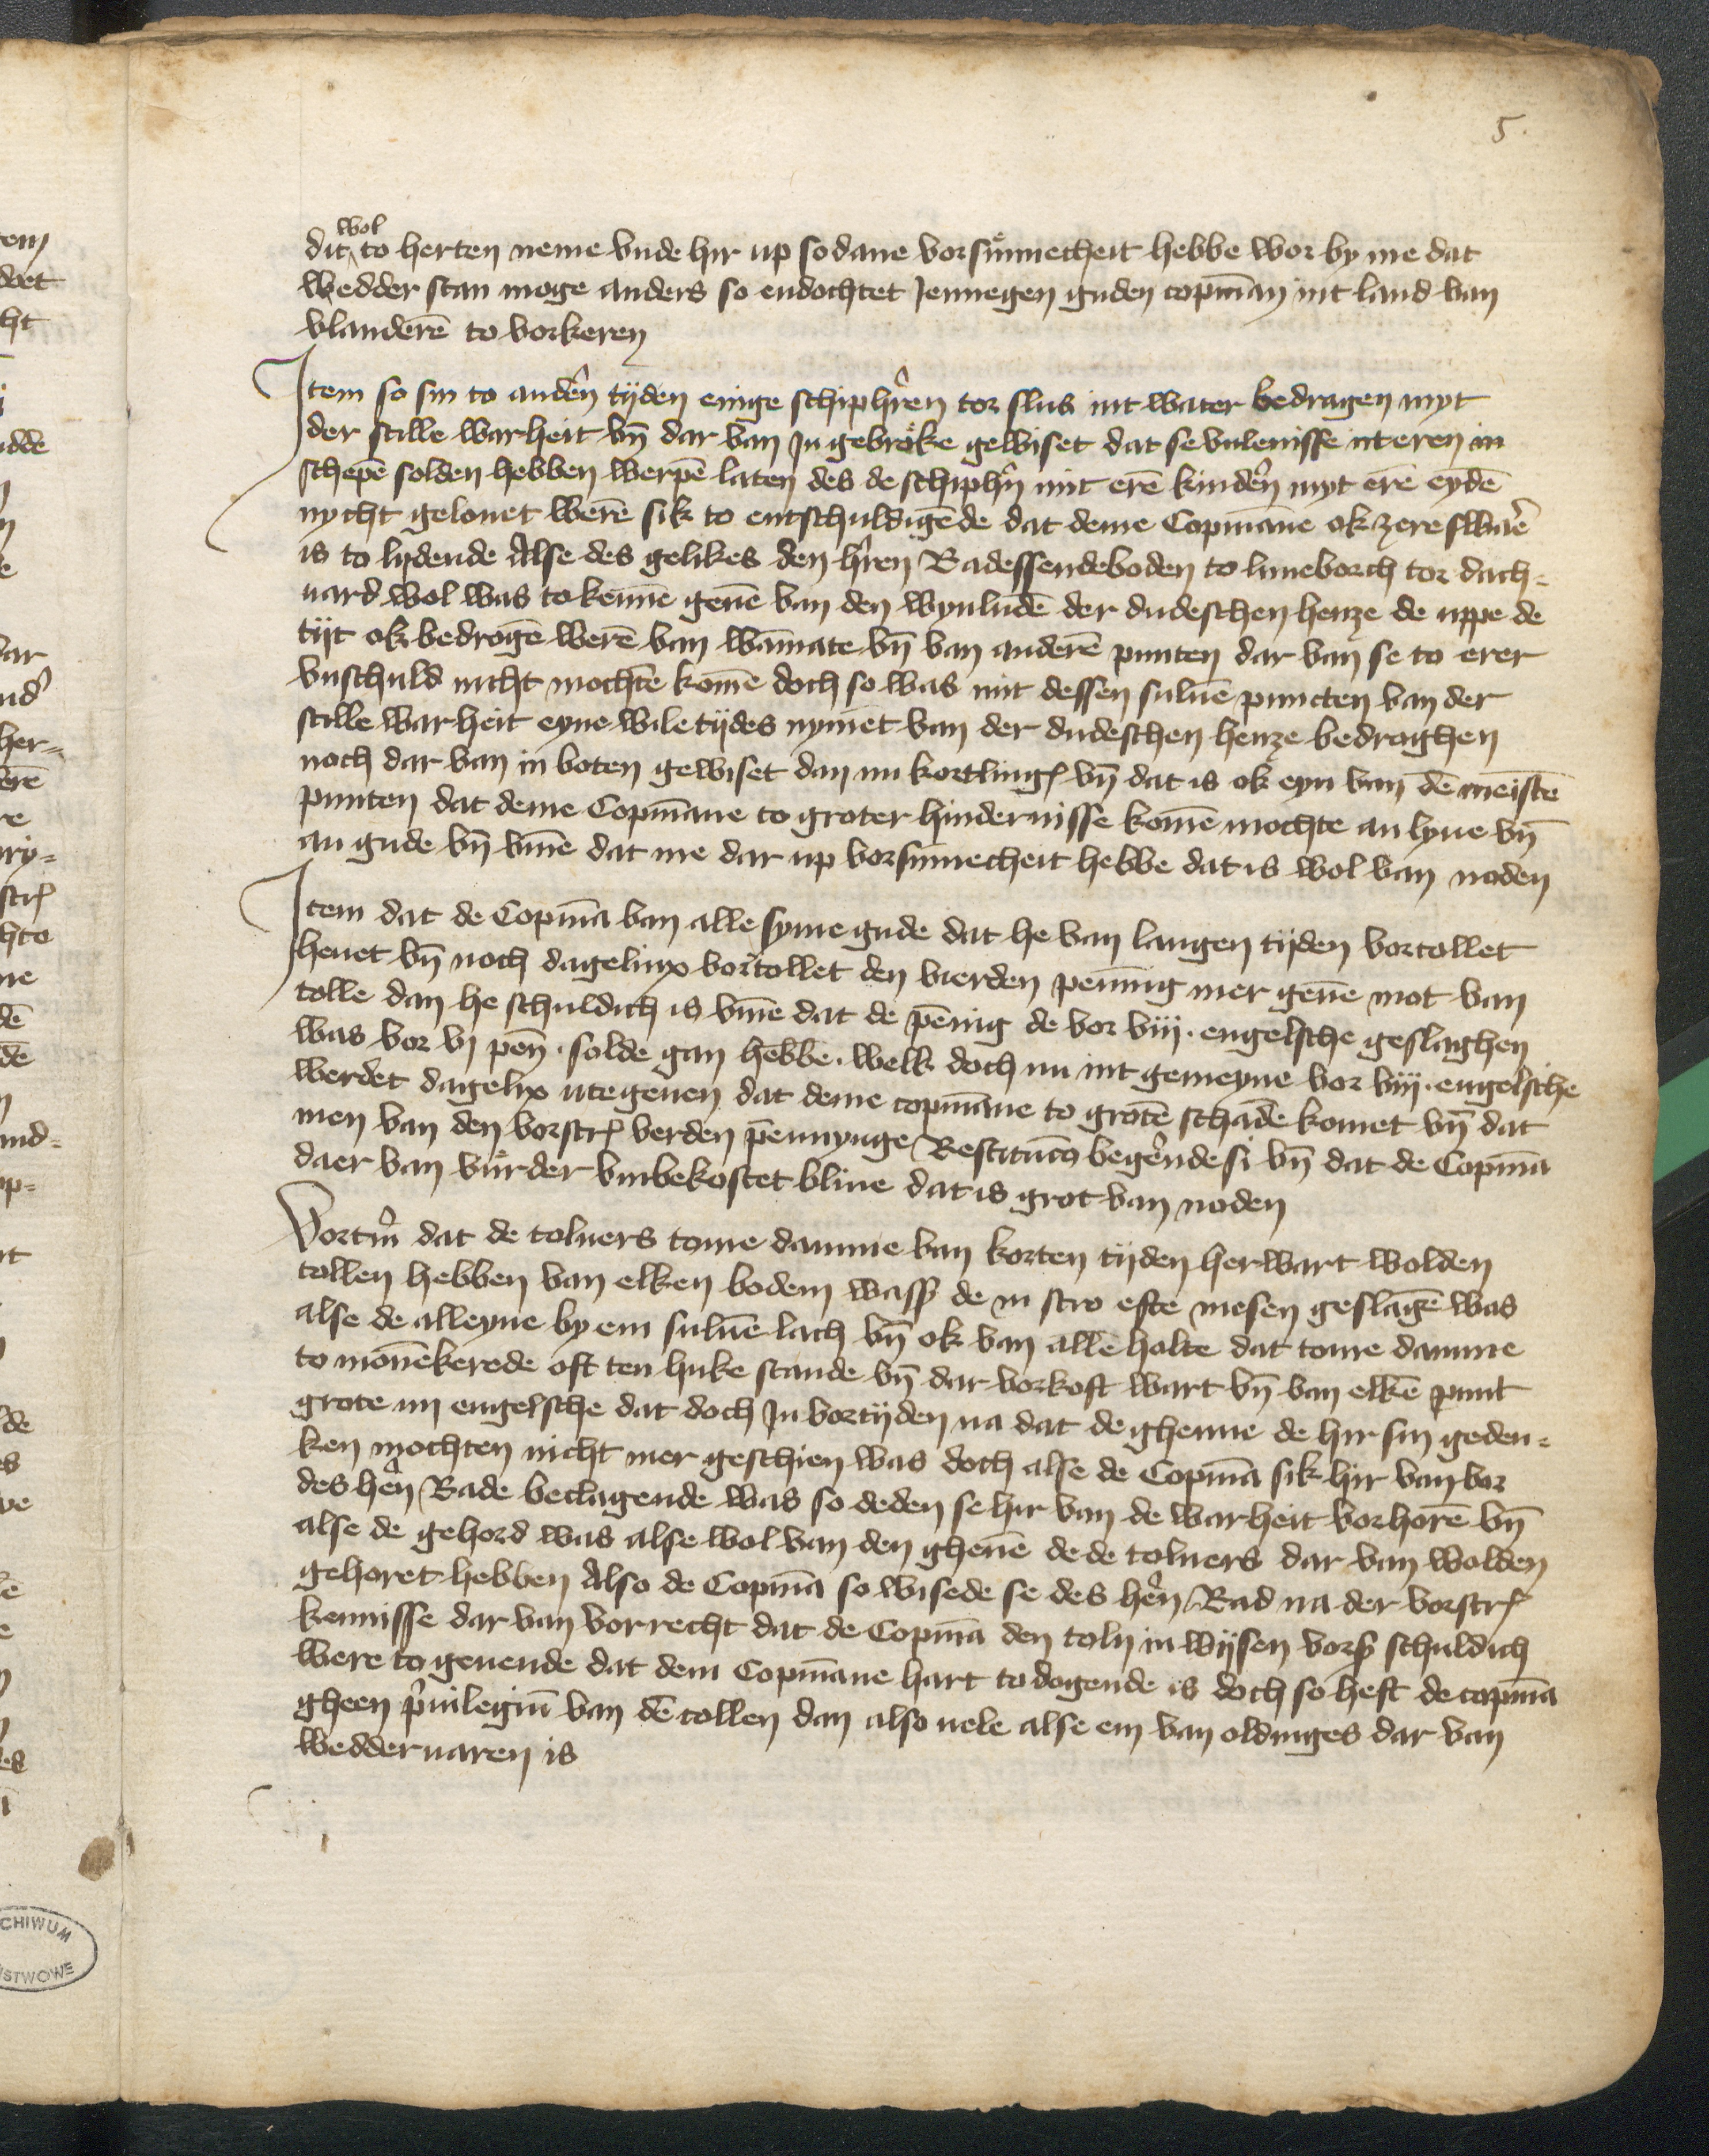
wol
dit, to herten neme vnde hir up sodane vorsuͤmecheit hebbe wor by me dat
wedder stan moge anders so endochtet Jennegen guden copmann int land van
Vlanderen to vorkeren

Jtem so sin to anderen tyden enige schipherren tor Slus int water bedragen myt
der stille warheit vn dar van Jn gebroͤke gewiset dat se vulenisse uteren in
schepen solden hebben werpen laten des de schipherrn mit eren kindern myt eren eyden
nycht gelouet weren sik to entschuldigende dat deme Copmanne ok zere sware
is to lydende Alse des gelikes den herrn Radessendeboden to Luneborch tor dach¬
uard wol was tokennen geuen van den wynluden der dudeschen henze de uppe de
tyt ok bedrogen weren van wammmate vnd van anderen punten dar van se to erer
vnschuld nicht mochten kome doch so was mit dessen suluen puncten van der
stille warheit eyne wile tydes nymet van der dudeschen henze bedraghen
noch dar van in boten gewiset dan nu kortlinges vnd dat is ok eyn van den meisten
punten dat deme Copmanne to groter hindernisse komen mochte an lyue vnd
an gude vnd vmme dat me dar up vorsumecheit hebbe dat is wol van noden

Jtem dat de Copman van alle syme gude dat he van langen tyden vortollet
heuet vnd noch dagelinx vortollet den verden penning mer geuen mot van
tolle dan he schuldich is vmme dat de penning de vor viij engelsche geslaghen
was vor vj pen solde gan hebben. welk doch nu int gemeyne vor viij. engelsche
werdet dagelix utegenen dat deme copmanne to groten schaden komet vnd dat
men van den vorscreuen verden pennynge Restitucion begerende si vnd dat de Copman
daer van vuͤrder vmbekostet bliue dat is grot van noden

Vortmer dat de tolners tome Damme van korten tyden herwart wolden
tollen hebben van elken bodem wass de in stro efte mesen geslagen was
alse de alleyne by em suluen lach vnd ok van allen halte dat tome Damme
to Monnekerede oft ten huke stande vnd dar vorkoft wart vnd van elken punt
grote iiij engelsche dat doch Jn vortyden na dat de ghenne de hir sin geden¬
ken mochten nicht mer geschien was doch alse de Copman sik hir van vor
des herren Rade beclagende was so deden se hir van de warheit vorhoren vnd
alse de gehord wns alse wol van den ghenen de de tolners dar van wolden
gehoret hebben also de Copman so wisede se des heren Rad na der vorscreuen
kennisse dar van vorrecht dat de Copman den toln in wysen vorscreuen schuldich
were to geuende dat dem Copmanne hart to dogende is doch so heft de copman
gheen priuilegium van den tollen dan also uele alse em van oldinges dar van
wedderuaren is